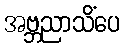
အဗ္ဘညာသိံပေ